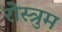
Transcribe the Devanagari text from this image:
रोस्त्रुम